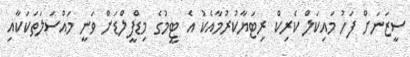
ސީޒަނަށް ފަހު މައިކަލް ކެރިކް ރިޓަޔާކުރުމާއެކު އެ ޓީމުގެ މިޑްފީލްޑަށް ވަނީ މައްސަލަތަކަކާއި